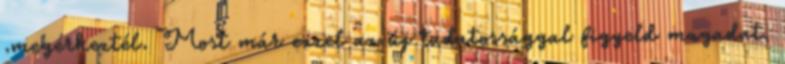
.megérkeztél. Most már ezzel az új tudatossággal figyeld magadat,